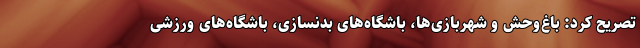
تصریح کرد: باغ‌وحش و شهربازی‌ها، باشگاه‌های بدنسازی، باشگاه‌های ورزشی